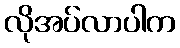
လိုအပ်လာပါက